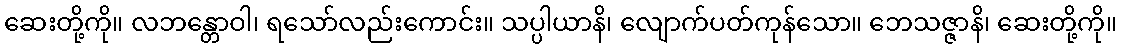
ဆေးတို့ကို။ လဘန္တောဝါ၊ ရသော်လည်းကောင်း။ သပ္ပါယာနိ၊ လျောက်ပတ်ကုန်သော။ ဘေသဇ္ဇာနိ၊ ဆေးတို့ကို။